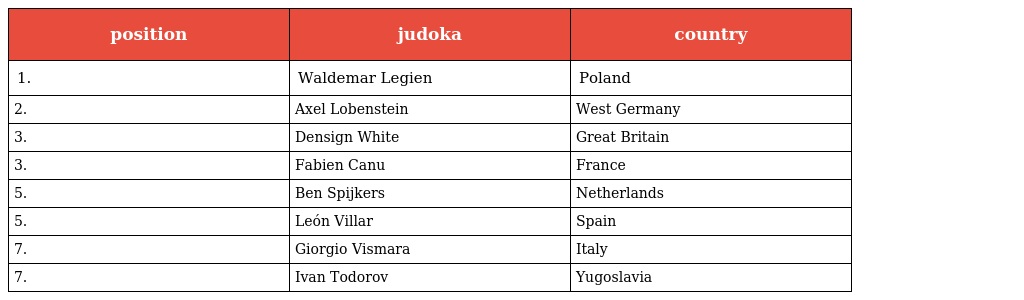
| position | judoka | country |
 | --- | --- | --- |
 | 1. | Waldemar Legien | Poland |
 | 2. | Axel Lobenstein | West Germany |
 | 3. | Densign White | Great Britain |
 | 3. | Fabien Canu | France |
 | 5. | Ben Spijkers | Netherlands |
 | 5. | León Villar | Spain |
 | 7. | Giorgio Vismara | Italy |
 | 7. | Ivan Todorov | Yugoslavia |